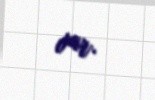
var.